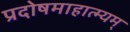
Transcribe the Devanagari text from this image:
प्रदोषमाहात्म्यम्